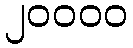
၂၀၀၀၀